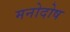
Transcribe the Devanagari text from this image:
मनोदोष